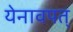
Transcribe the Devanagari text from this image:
येनावपत्